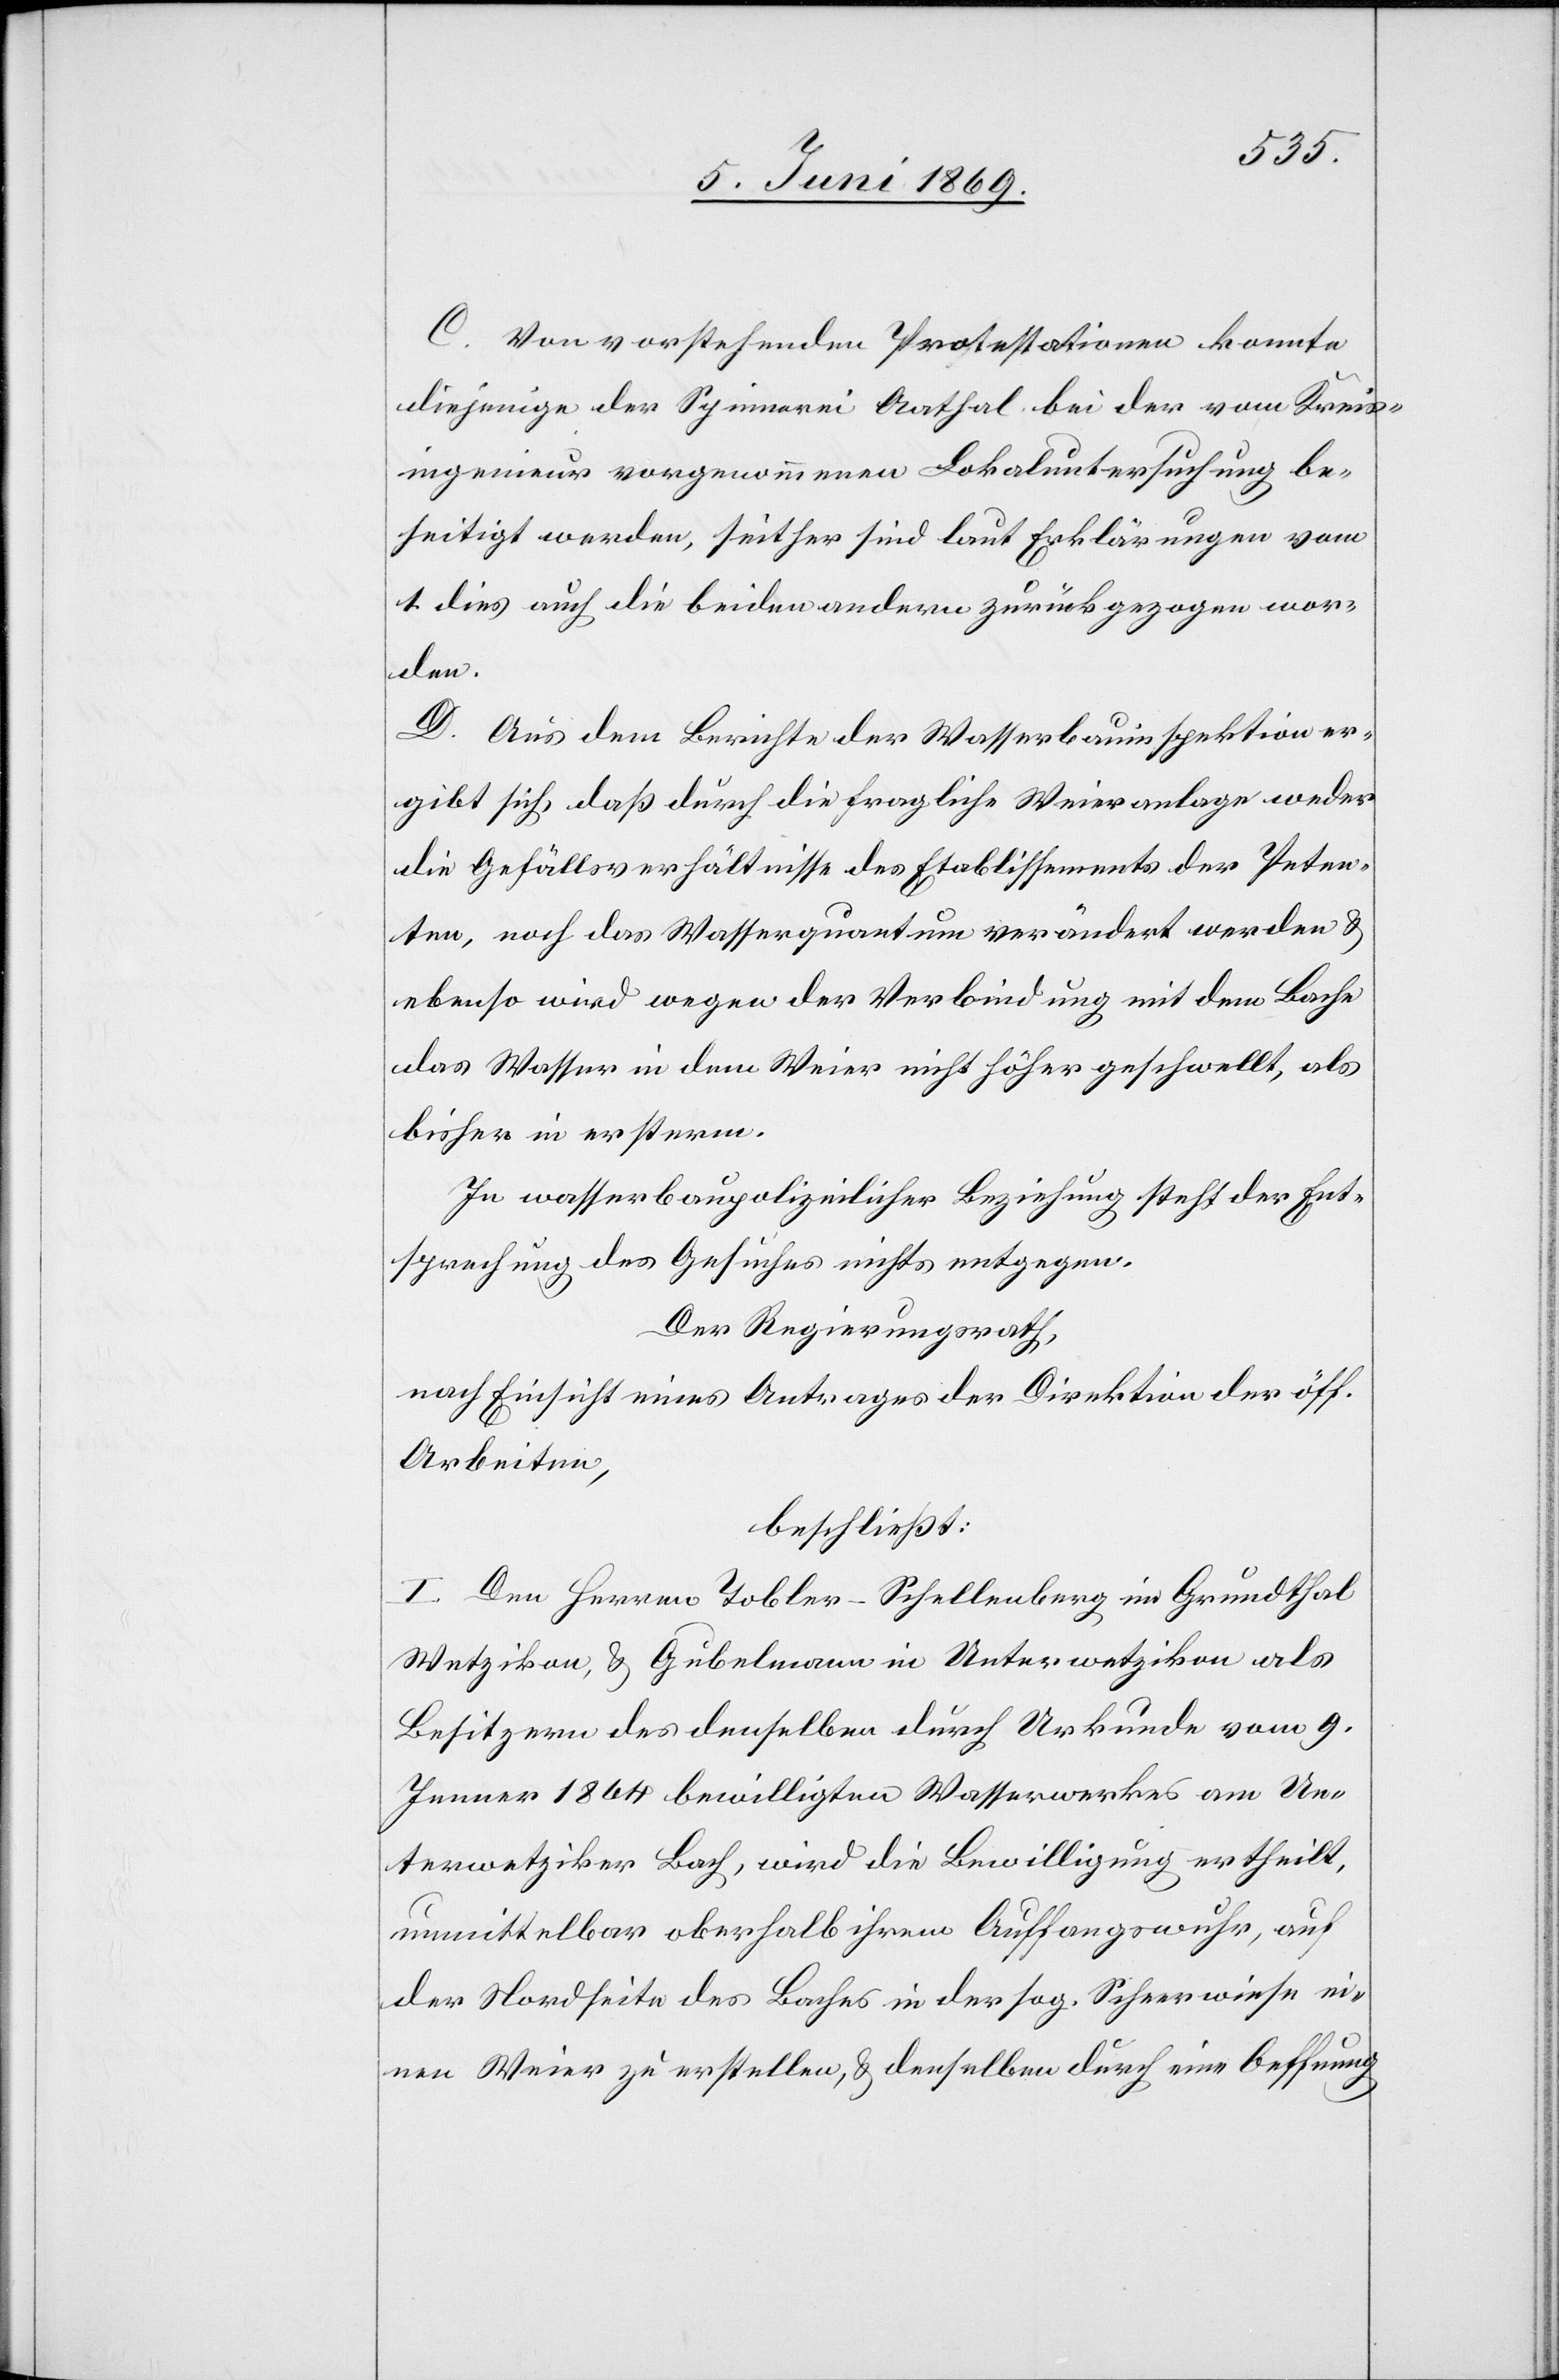
C. Von vorstehenden Protestationen konnte
diejenige der Spinnerei Aathal bei der vom Kreis¬
ingenieur vorgenommenen Lokaluntersuchung be¬
seitigt werden, seither sind laut Erklärungen vom
1 dies auch die beiden andern zurückgezogen wor¬
den.
D. Aus dem Berichte der Wasserbauinspektion er¬
gibt sich, daß durch die fragliche Weieranlage weder
die Gefällsverhältnisse des Etablissements der Peten¬
ten, noch das Wasserquantum verändert werden u.
ebenso wird wegen der Verbindung mit dem Bache
das Wasser in dem Weier nicht höher geschwellt, als
bisher in ersterm.
In wasserbaupolizeilicher Beziehung steht der Ent¬
sprechung des Gesuches nichts entgegen.
Der Regierungsrath,
nach Einsicht eines Antrages der Direktion der öff.
Arbeiten,
beschließt:
I. Den Herren Tobler-Schellenberg im Grundthal
Wetzikon, u. Gubelmann in Unterwetzikon als
Besitzern des denselben durch Urkunde vom 9
Jenner 1864 bewilligten Wasserwerkes am Un¬
terwetzikoner Bach, wird die Bewilligung ertheilt,
unmittelbar oberhalb ihrem Auffangwuhr, auf
der Nordseite des Baches in der sog. Scheerwiese ei¬
nen Weier zu erstellen, u. denselben durch eine Oeffnung